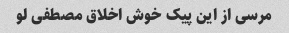
مرسی از این پیک خوش اخلاق مصطفی لو